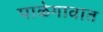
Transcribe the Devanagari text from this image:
पाळेगावात